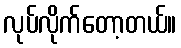
လုပ်လိုက်တော့တယ်။